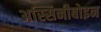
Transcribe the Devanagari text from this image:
अस्सिनीबोइन